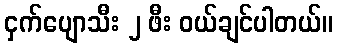
ငှက်ပျောသီး ၂ ဖီး ဝယ်ချင်ပါတယ်။